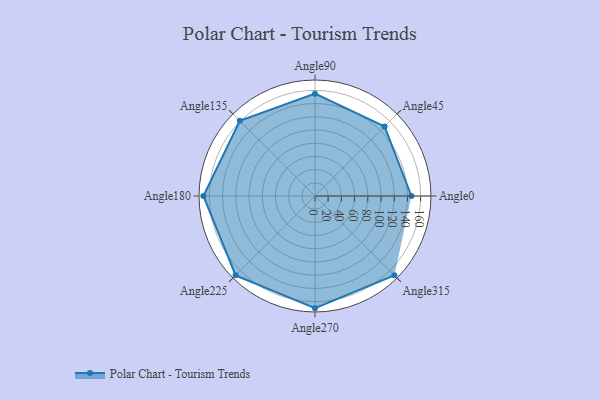
{"axis": {"x": "Angle", "y": "Radius"}, "legend": [""], "data": [{"x": "Angle0", "y": 146.0, "type": ""}, {"x": "Angle45", "y": 149.0, "type": ""}, {"x": "Angle90", "y": 155.0, "type": ""}, {"x": "Angle135", "y": 161.0, "type": ""}, {"x": "Angle180", "y": 169.0, "type": ""}, {"x": "Angle225", "y": 170, "type": ""}, {"x": "Angle270", "y": 170, "type": ""}, {"x": "Angle315", "y": 170, "type": ""}]}